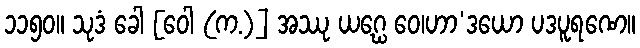
၁၁၅၀။ သုဒံ ခေါ [ဝေါ (က.)] အဿု ယဂ္ဃေ ဝေ၊ဟာ’ဒယော ပဒပူရဏေ။